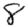
Digit: 8